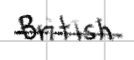
Text: British
Cross-out: single-line
Writing tool: digital_black